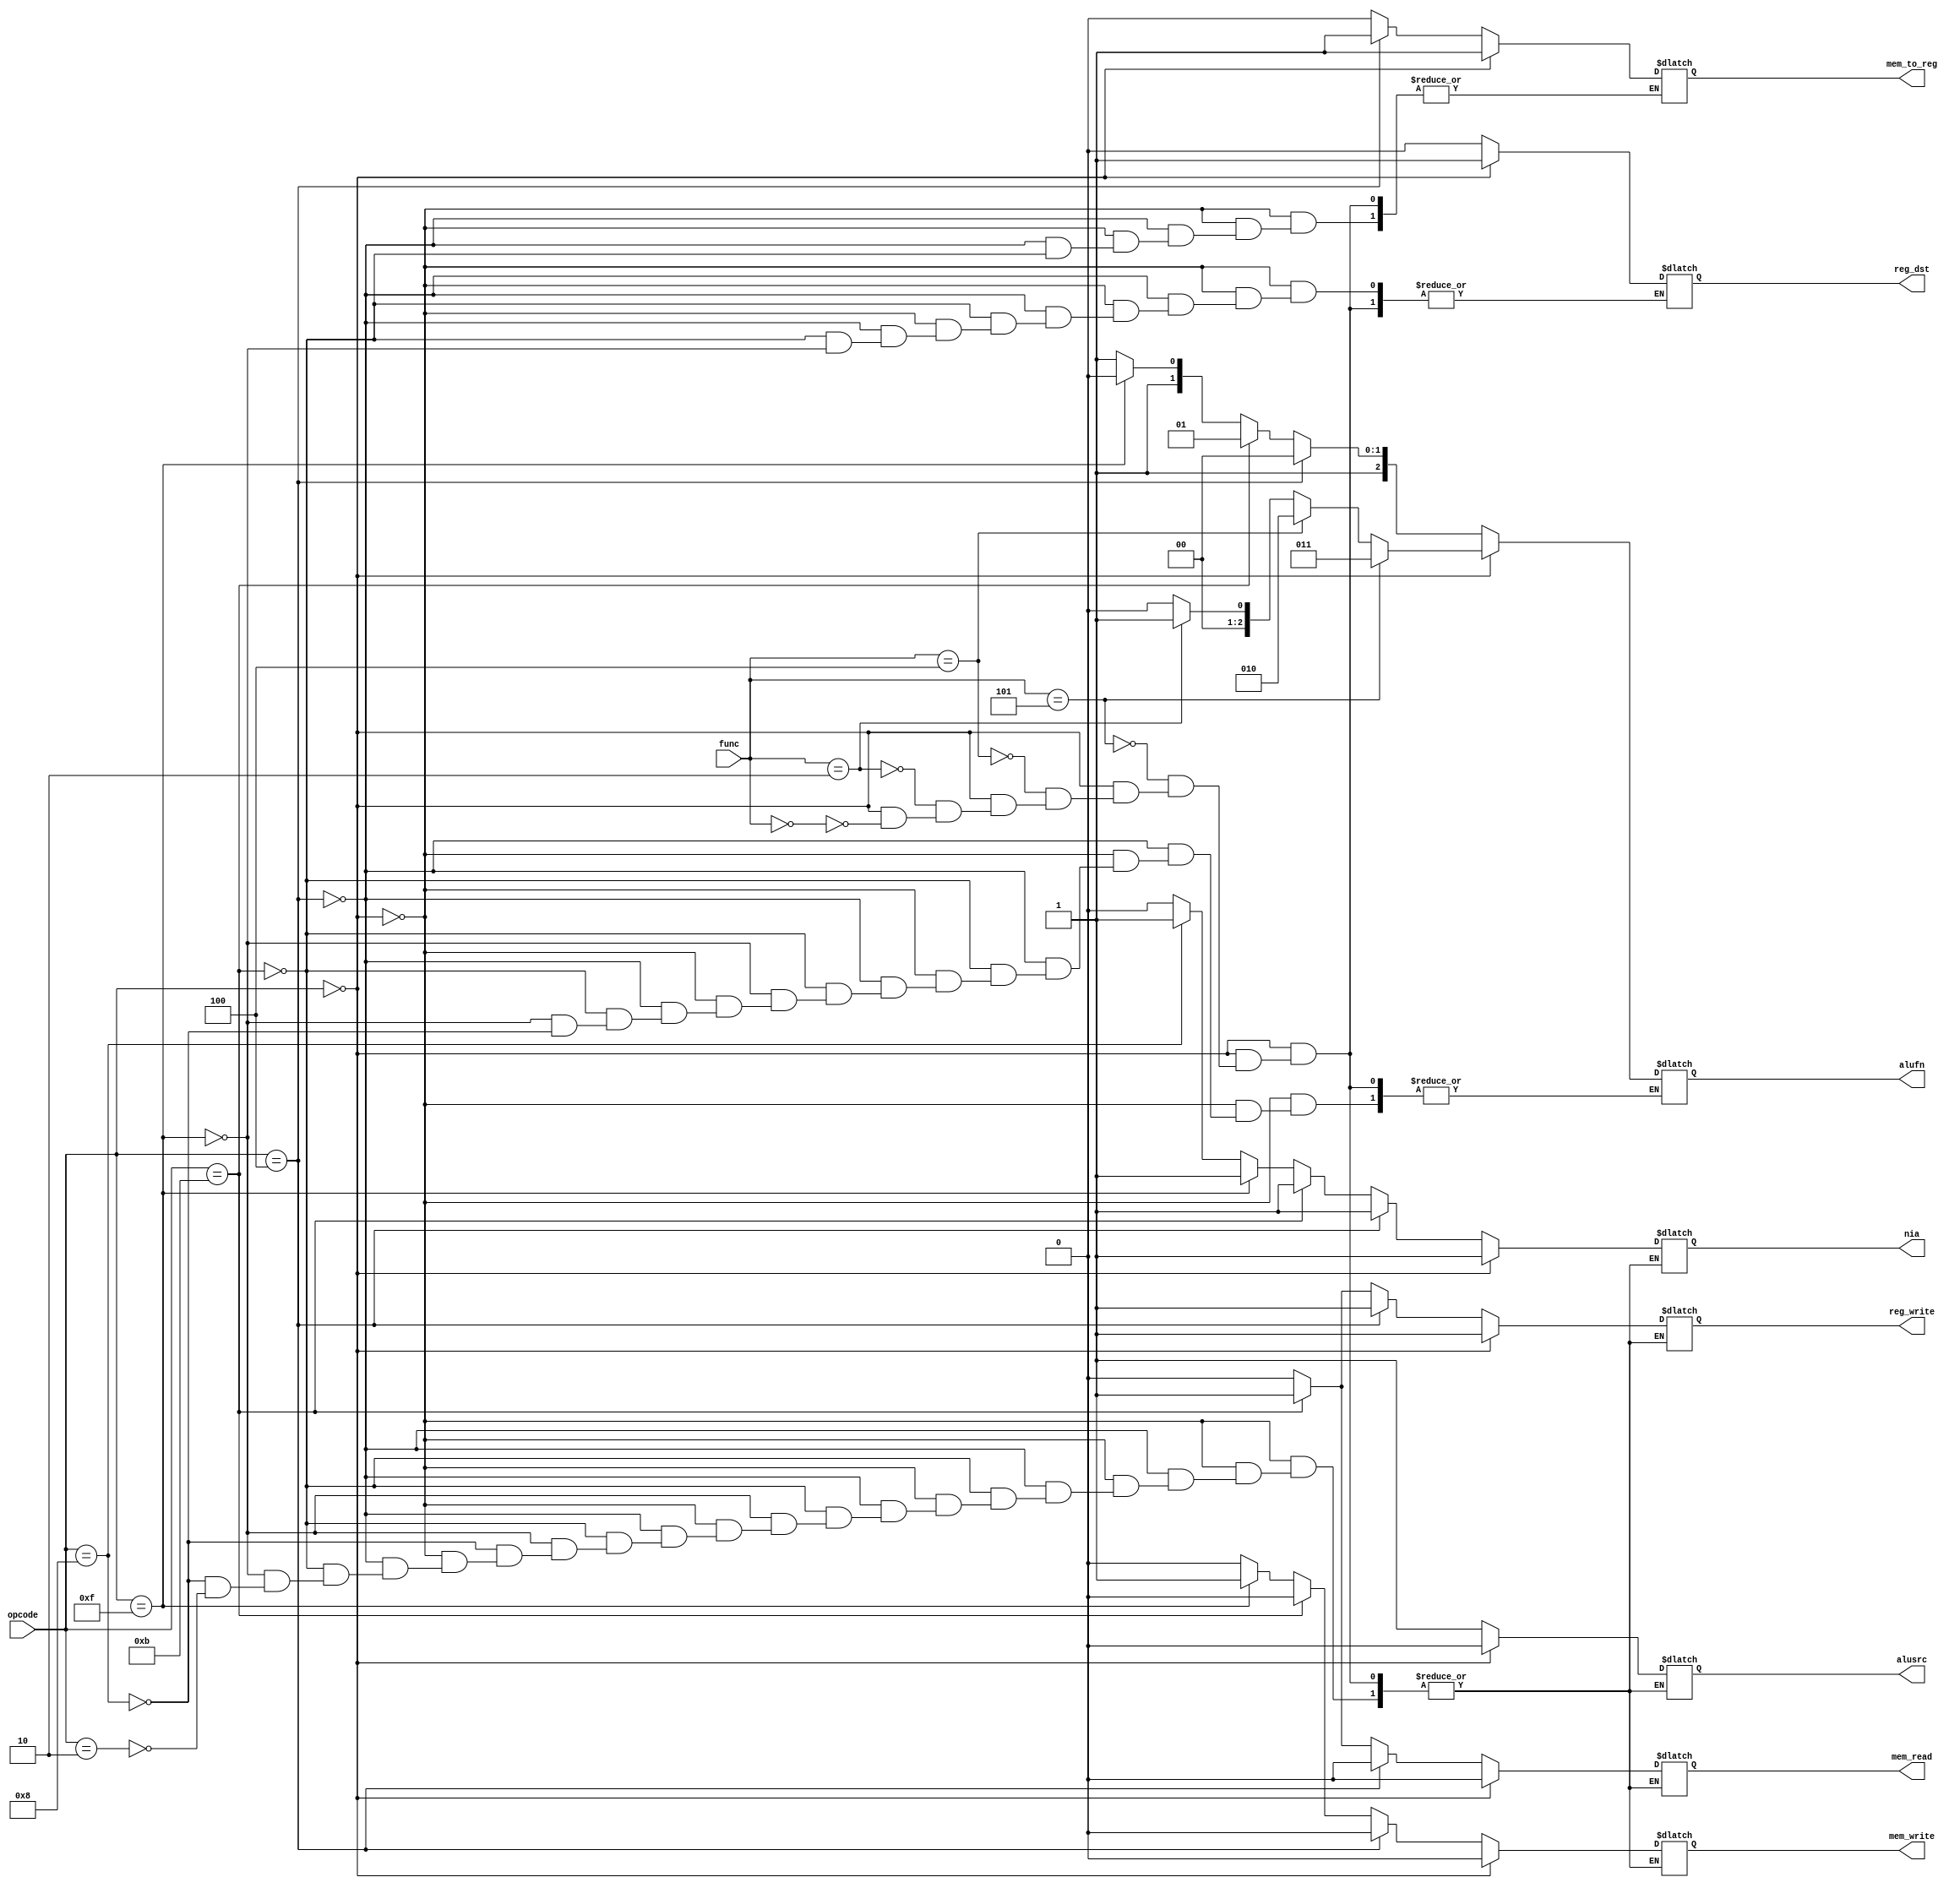
module control (
				input [3:0] opcode,
				input [2:0] func,
				output reg reg_dst,
				output reg reg_write,
				output reg alusrc,
				output reg [2:0]alufn,
				output reg mem_write, 
				output reg mem_read,
				output reg mem_to_reg,
				output reg nia);
always @(*) 
begin
	if (opcode == 4'b0000) 
	begin
		if (func == 3'b000) 
		begin
		alufn		= 3'b000;
		alusrc		= 1'b0;
		mem_to_reg 	= 1'b1;
		reg_dst		= 1'b1;
		reg_write	= 1'b1;
		mem_read	= 1'b0;
		mem_write	= 1'b0;
		nia			= 1'b1;
		end
		if (func == 3'b010) 
		begin
		alufn		= 3'b001;
		alusrc		= 1'b0;
		mem_to_reg 	= 1'b1;
		reg_dst		= 1'b1;
		reg_write	= 1'b1;
		mem_read	= 1'b0;
		mem_write	= 1'b0;
		nia			= 1'b1;
		end
		if (func == 3'b100) 
		begin
		alufn		= 3'b010;
		alusrc		= 1'b0;
		mem_to_reg 	= 1'b1;
		reg_dst		= 1'b1;
		reg_write	= 1'b1;
		mem_read	= 1'b0;
		mem_write	= 1'b0;
		nia			= 1'b1;
		end
		if (func == 3'b101) 
		begin
		alufn		= 3'b011;
		alusrc		= 1'b0;
		mem_to_reg 	= 1'b1;
		reg_dst		= 1'b1;
		reg_write	= 1'b1;
		mem_read	= 1'b0;
		mem_write	= 1'b0;
		nia			= 1'b1;
		end
	end
	else if (opcode==4'b0100)
		begin
		alufn		= 3'b100;
		alusrc		= 1'b1;
		mem_to_reg 	= 1'b1;
		reg_dst		= 1'b0;
		reg_write	= 1'b1;
		mem_read	= 1'b0;
		mem_write	= 1'b0;
		nia			= 1'b1;	
		end
	else if (opcode==4'b1011)
		begin
		alufn		= 3'b101;
		alusrc		= 1'b1;
		mem_to_reg 	= 1'b0;
		reg_dst		= 1'b0;
		reg_write	= 1'b1;
		mem_read	= 1'b1;
		mem_write	= 1'b0;
		nia			= 1'b1;	
		end
	else if (opcode==4'b1111)
		begin
		alufn		= 3'b110;
		alusrc		= 1'b1;
		reg_dst		= 1'b0;
		reg_write	= 1'b0;
		mem_read	= 1'b0;
		mem_write	= 1'b1;
		nia			= 1'b1;	
		end
	else if (opcode==4'b1000)
		begin
		alufn		= 3'b111;
		alusrc		= 1'b1;
		reg_write	= 1'b0;
		mem_read	= 1'b0;
		mem_write	= 1'b0;
		nia			= 1'b1;	
		end
	else if (opcode==4'b0010)
		begin
		alusrc		= 1'b1;
		reg_write	= 1'b0;
		mem_read	= 1'b0;
		mem_write	= 1'b0;
		nia			= 1'b0;	
		end
end
endmodule